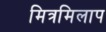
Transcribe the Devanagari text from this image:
मित्रमिलाप